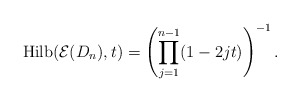
\begin{gather*} {\rm Hilb}({\cal E}(D_n),t)=\left(\prod_{j=1}^{n-1}(1-2j t) \right)^{-1}.\end{gather*}